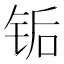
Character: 𬭅